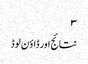
۳
نتائج اور ڈاؤن لوڈ